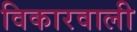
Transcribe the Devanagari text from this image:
विकारवाली